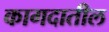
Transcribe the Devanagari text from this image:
कागदातील